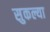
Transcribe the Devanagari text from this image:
सुकल्या